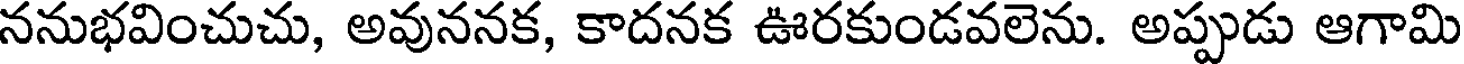
ననుభవించుచు, అవుననక, కాదనక ఊరకుండవలెను. అప్పుడు ఆగామి